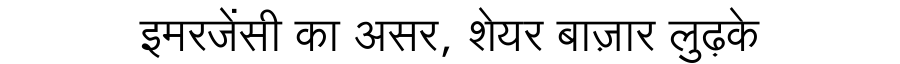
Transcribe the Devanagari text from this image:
इमरजेंसी का असर, शेयर बाज़ार लुढ़के